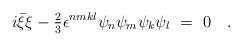
LaTeX: \begin{align*}i\bar\xi\xi-{\textstyle{\frac23}}\epsilon^{nmkl}\psi_n\psi_m\psi_k\psi_l\ =\ 0 \quad.\end{align*}